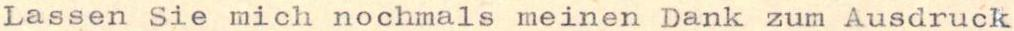
Lassen Sie mich nochmals meinen Dank zum Ausdruck